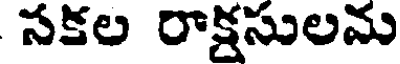
సకల రాక్షసులమ